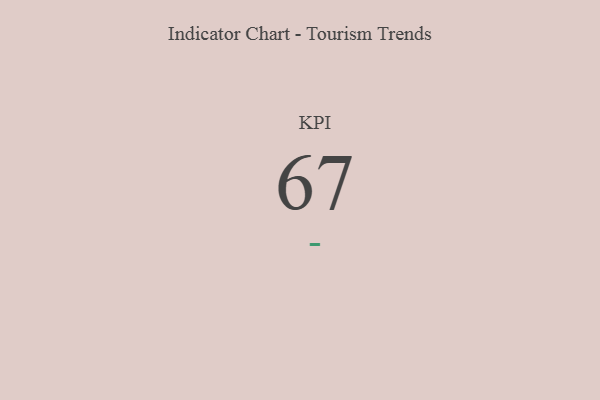
{"axis": {"x": "KPI", "y": "Value"}, "legend": [""], "data": [{"x": "KPI", "y": 67, "type": ""}]}